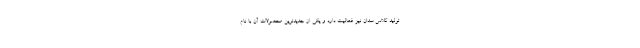
تولید کلاس سدان نیز فعالیت دارد و یکی از جدیدترین محصولات آن با نام